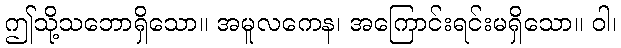
ဤသို့သဘောရှိသော။ အမူလကေန၊ အကြောင်းရင်းမရှိသော။ ဝါ၊